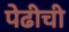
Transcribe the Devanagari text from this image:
पेढीची